Annual report of the Punjab Veterinary College and of the Civil Veterinary Department, Punjab - 1894-1908
Year: 1894
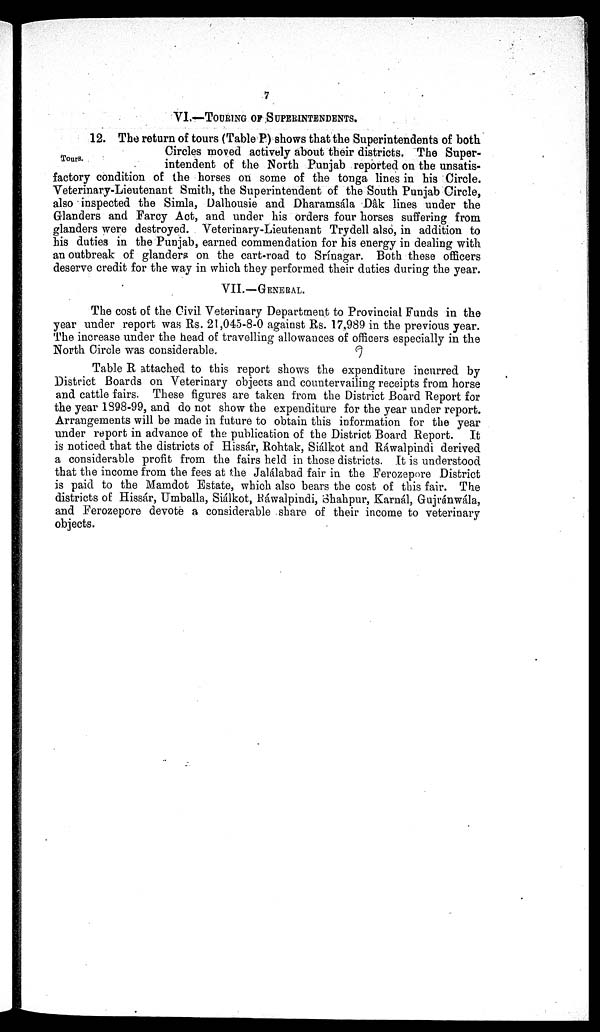
7
VI.—TOURING OF SUPERINTENDENTS.
Tours.
12. The return of tours (Table P) shows that the Superintendents of both
Circles moved actively about their districts. The Super-
intendent of the North Punjab reported on the unsatis-
factory condition of the horses on some of the tonga lines in his Circle.
Veterinary-Lieutenant Smith, the Superintendent of the South Punjab Circle,
also inspected the Simla, Dalhousie and Dharamsála Dâk lines under the
Glanders and Farcy Act, and under his orders four horses suffering from
glanders were destroyed. Veterinary-Lieutenant Trydell also, in addition to
his duties in the Punjab, earned commendation for his energy in dealing with
an outbreak of glanders on the cart-road to Srínagar. Both these officers
deserve credit for the way in which they performed their duties during the year.
VII.—GENERAL.
The cost of the Civil Veterinary Department to Provincial Funds in the
year under report was Rs. 21,045-8-0 against Rs. 17,989 in the previous year.
The increase under the head of travelling allowances of officers especially in the
North Circle was considerable.
Table R attached to this report shows the expenditure incurred by
District Boards on Veterinary objects and countervailing receipts from horse
and cattle fairs. These figures are taken from the District Board Report for
the year 1898-99, and do not show the expenditure for the year under report.
Arrangements will be made in future to obtain this information for the year
under report in advance of the publication of the District Board Report. It
is noticed that the districts of Hissár, Rohtak, Siálkot and Ráwalpindi derived
a considerable profit from the fairs held in those districts. It is understood
that the income from the fees at the Jalálabad fair in the Ferozepore District
is paid to the Mamdot Estate, which also bears the cost of this fair. The
districts of Hissár, Umballa, Siálkot, Ráwalpindi, Shahpur, Karnál, Gujránwála,
and Ferozepore devote a considerable share of their income to veterinary
objects.